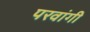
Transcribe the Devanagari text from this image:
परवांगी